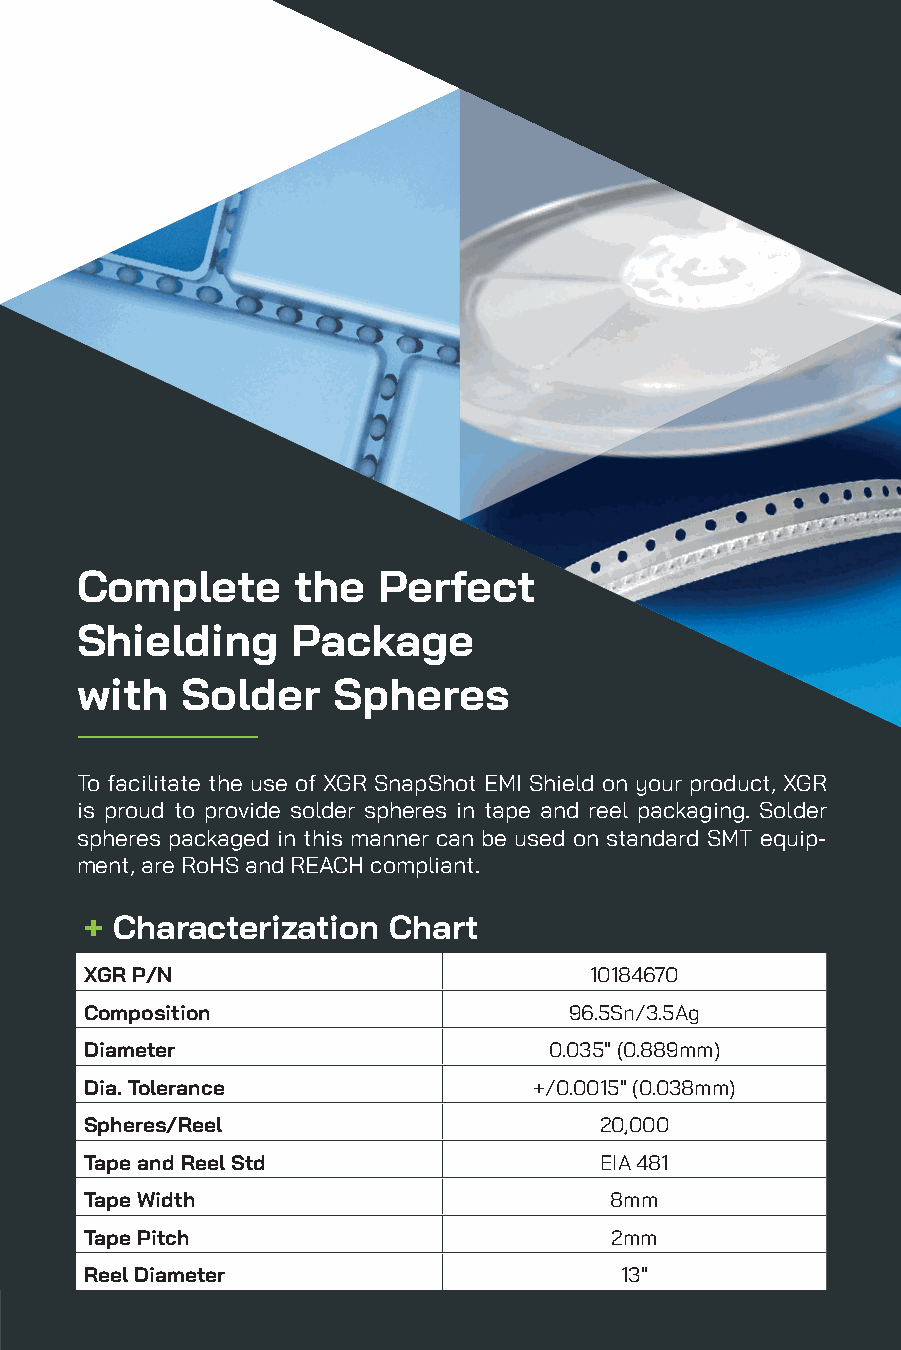
|
 Complete      the   Perfect
 Shielding     Package
 with   Solder    Spheres
 To facilitate the use of XGR SnapShot EMI Shield on your product, XGR
 is proud to provide solder spheres in tape and reel packaging. Solder
 spheres packaged in this manner can be used on standard SMT equip-
 ment, are RoHS and REACH compliant.
 + Characterization  Chart
 XGR P/N                          10184670
 Composition                     96.5Sn/3.5Ag
 Diameter                      0.035" (0.889mm)
 Dia. Tolerance               +/0.0015" (0.038mm)
 Spheres/Reel                      20,000
 Tape and Reel Std                 EIA 481
 Tape Width                        8mm
 Tape Pitch                        2mm
 Reel Diameter                      13"